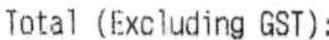
TOTAL (EXCLUDING GST):